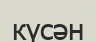
күсән